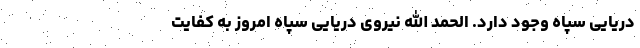
دریایی سپاه وجود دارد. الحمد الله نیروی دریایی سپاه امروز به کفایت